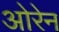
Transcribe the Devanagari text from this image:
ओरेन